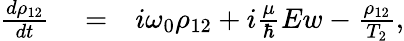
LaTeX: \begin{array}{rlr}{\frac{d\rho_{12}}{dt}}&{{}=}&{i\omega_{0}\rho_{12}+i\frac{\mu}{\hbar}Ew-\frac{\rho_{12}}{T_{2}},}\end{array}